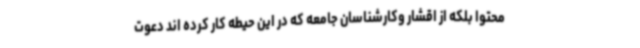
محتوا بلکه از اقشار وکارشناسان جامعه که در این حیطه کار کرده اند دعوت